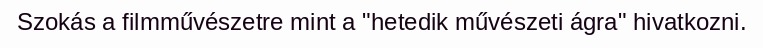
Szokás a filmművészetre mint a "hetedik művészeti ágra" hivatkozni.